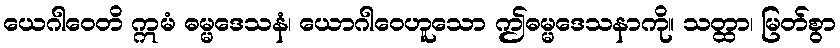
ယေဂါဝေတိ ဣမံ ဓမ္မဒေသနံ၊ ယောဂါဝေဟူသော ဤဓမ္မဒေသနာကို။ သတ္ထာ၊ မြတ်စွာ